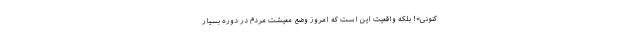
کنونی»! بلکه واقعیت این است که امروز وضع معیشت مردم در دوره بسیار